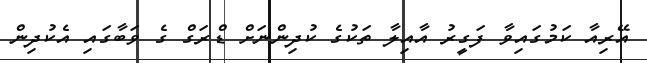
އޭރިއާ ކަމުގައިވާ ފަގީރު އާއިލާ ތަކުގެ ކުދިންނަށް ޑްރަގް ގެ ވަބާގައި އެކުދިން